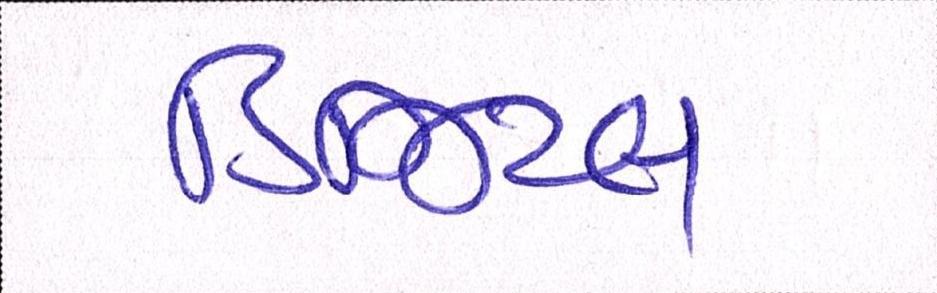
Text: ડિજિટલ